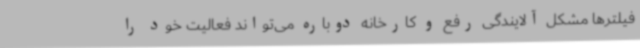
فیلترها مشکل آلایندگی رفع و کارخانه دوباره می‌تواند فعالیت خود را